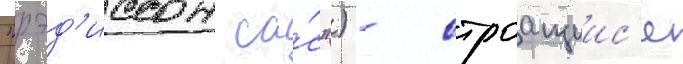
"рэд'иссон са́с") - строащиис'я